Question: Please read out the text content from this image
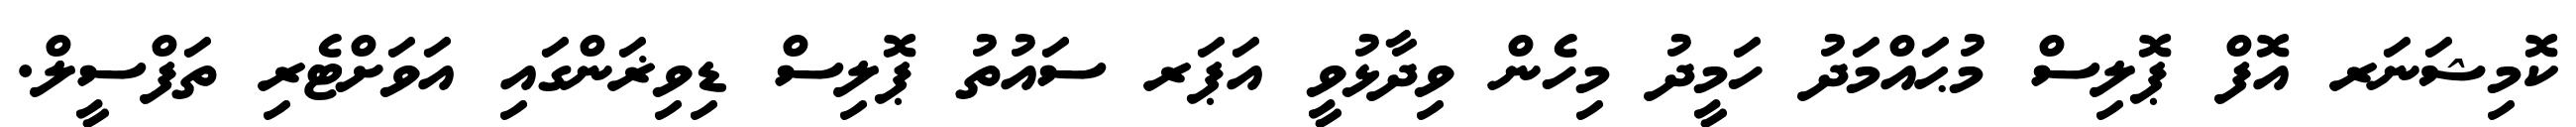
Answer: ކޮމިޝަނަރ އޮފް ޕޮލިސް މުޙައްމަދު ހަމީދު މިހެން ވިދާޅުވީ އަޕަރ ސައުތު ޕޮލިސް ޑިވިޜަންގައި އަވަށްޓެރި ތަފްސީލް.